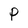
Character: P